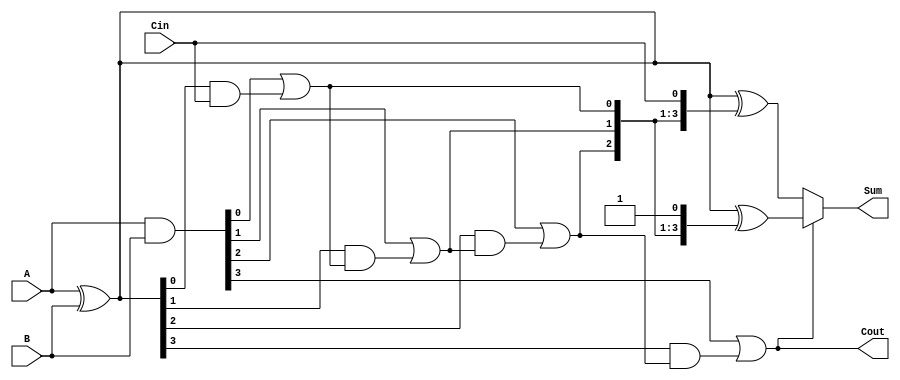
module CarrySelectAdder #(
    parameter N = 4  // Number of bits
)(
    input  [N-1:0] A,    // First operand
    input  [N-1:0] B,    // Second operand
    input         Cin,    // Carry-in
    output [N-1:0] Sum,   // Sum output
    output        Cout     // Carry-out
);

    // Generate and Propagate signals
    wire [N-1:0] G; // Generate
    wire [N-1:0] P; // Propagate
    wire [N:0] C;    // Carry signals

    // Generate and Propagate calculations
    assign G = A & B;           // Generate
    assign P = A ^ B;           // Propagate

    // Carry generation using prefix tree
    assign C[0] = Cin;          // Initial carry-in

    genvar i;
    generate
        for (i = 0; i < N; i = i + 1) begin : carry_gen
            if (i == 0) begin
                assign C[i+1] = G[i] | (P[i] & C[i]); // Carry for the first bit
            end else begin
                assign C[i+1] = G[i] | (P[i] & C[i]); // Carry for subsequent bits
            end
        end
    endgenerate

    // Sum calculation for both cases (Carry-in = 0 and Carry-in = 1)
    wire [N-1:0] Sum0; // Sum when Cin = 0
    wire [N-1:0] Sum1; // Sum when Cin = 1

    assign Sum0 = A ^ B ^ {C[N-1:1], Cin}; // Sum when Cin = 0
    assign Sum1 = A ^ B ^ {C[N-1:1], 1'b1}; // Sum when Cin = 1

    // Select the appropriate sum based on the carry-out from the previous segment
    assign Sum = (C[N] ? Sum1 : Sum0);
    assign Cout = C[N]; // Final carry-out

endmodule